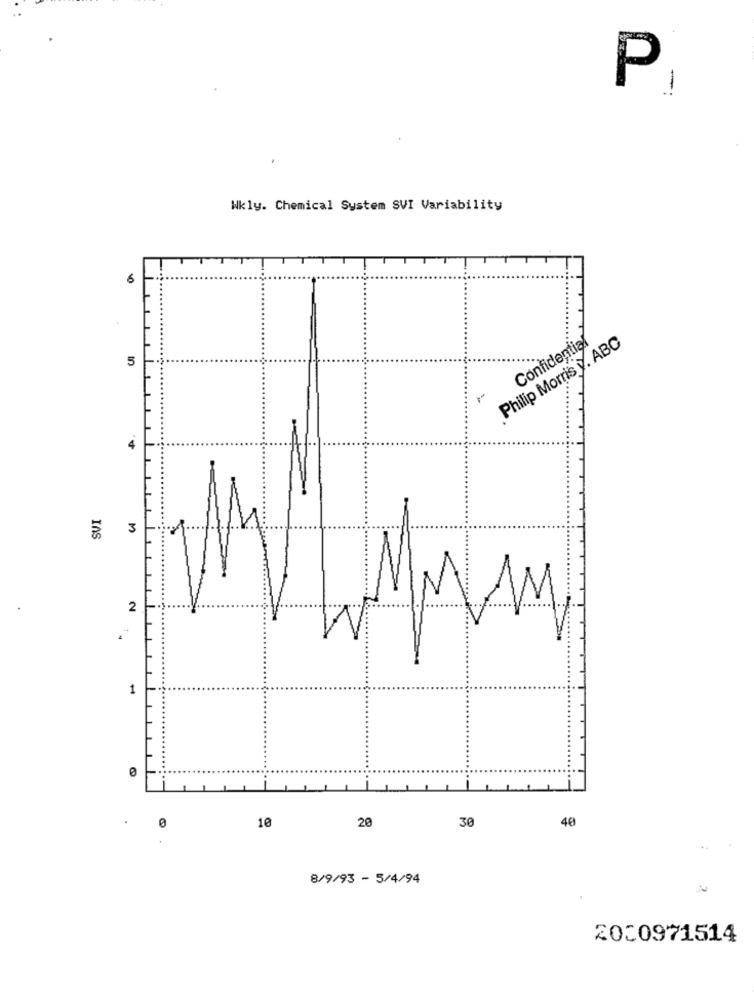
P
Wkly. Chemical System SVI Variability
6
Philip Morris y. ABC
Confidential
5
..
4
3
IAS
2
1
0
40
10
20
30
8/9/93 - 5/4/94
2000971514